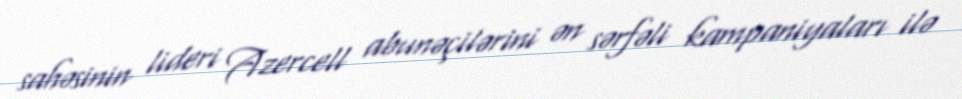
sahəsinin lideri Azercell abunəçilərini ən sərfəli kampaniyaları ilə